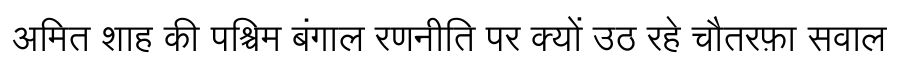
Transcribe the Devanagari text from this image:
अमित शाह की पश्चिम बंगाल रणनीति पर क्यों उठ रहे चौतरफ़ा सवाल